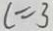
c = 3